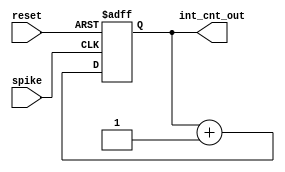
module dumbcounter(spike, int_cnt_out, reset);
    input   spike, reset;
    output  [31:0] int_cnt_out;
          
    reg     [31:0]  cnt;
    
    always @(posedge spike or posedge reset) begin
        if (reset) begin
            cnt <= 32'd1;
        end
        else begin
            cnt <= cnt + 32'd1;
        end
    end
    
    assign int_cnt_out = cnt;
         
endmodule